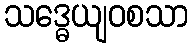
သဒ္ဓေယျဝစသာ